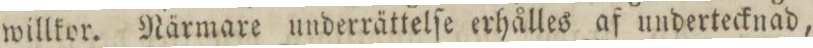
willkor. Närmare underrättelſe erhålles af undertecknad,